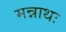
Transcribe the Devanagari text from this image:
मन्नाथः